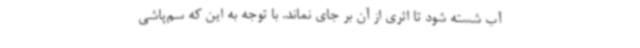
آب شسته شود تا اثری از آن بر جای نماند. با توجه به این که سم‌پاشی